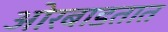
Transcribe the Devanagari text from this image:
ओरबाडतात